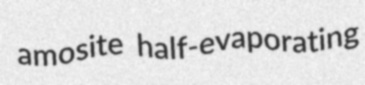
amosite half-evaporating